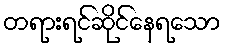
တရားရင်ဆိုင်နေရသော